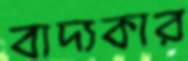
বাদ্যকার